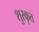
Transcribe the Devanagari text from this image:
शुरकृत